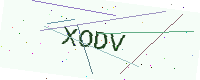
Text: XODV